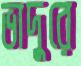
ভাদুরে